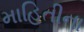
માહિતીના